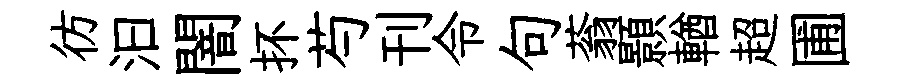
彷汩闇抔芍刊令句蓊顥輶超圃